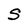
Character: S